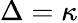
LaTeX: \Delta=\kappa